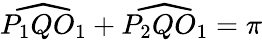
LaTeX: {\widehat{P_{1}QO_{1}}}+{\widehat{P_{2}QO_{1}}}=\pi